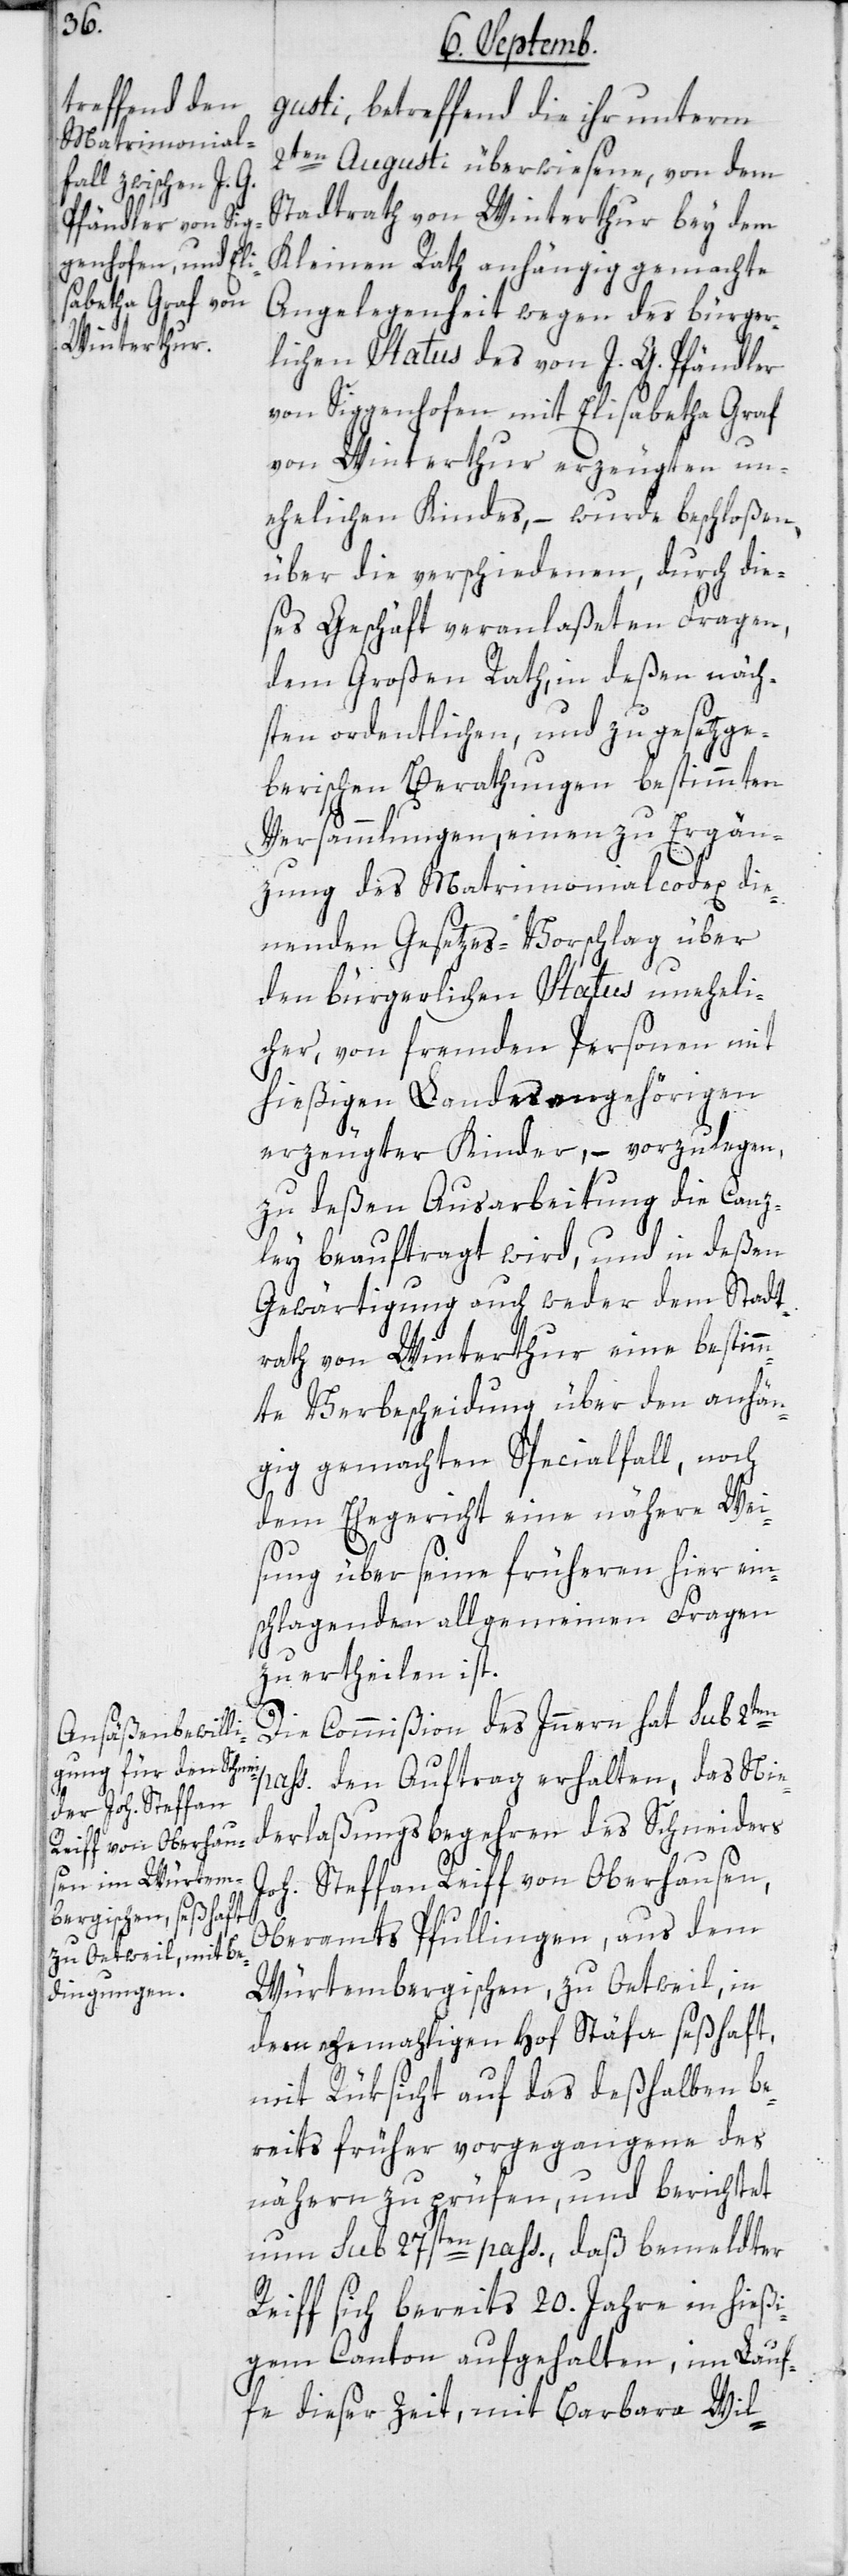
gusti, betreffend die ihr unterm
2ten Augusti überwiesene, von dem
Stadtrath von Winterthur bey dem
Kleinen Rath anhängig gemachte
Angelegenheit wegen des bürger¬
lichen Status des von J. G. Pfändler
von Siggenhofen mit Elisabetha Graf
von Winterthur erzeugten un¬
ehelichen Kindes, – wurde beschloßen,
über die verschiedenen, durch die¬
ses Geschäft veranlaßeten Fragen,
dem Großen Rath, in deßen näch¬
sten ordentlichen und zu gesetzge¬
berischen Berathungen bestimmten
Versammlungen, einen zu Ergän¬
zung des Matrimonialcodex die¬
nenden Gesetzes-Vorschlag über
den bürgerlichen Status uneheli¬
cher, von fremden Personen mit
hießigen Landesangehörigen
erzeugter Kinder, – vorzulegen,
zu deßen Ausarbeitung die Canz¬
ley beauftragt wird, und in deßen
Gewärtigung auch weder dem Stadt¬
rath von Winterthur eine bestim¬
mte Verbescheidung über den anhän¬
gig gemachten Specialfall, noch
dem Ehegericht eine nähere Wei¬
sung über seine früheren hier ein¬
schlagenden allgemeinen Fragen
zu ertheilen ist.
Die Commißion des Innern hat sub 2ten
den Auftrag erhalten, das Nie¬
derlaßungs-Begehren des Schneiders
Joh. Steffan Reiff von Oberhausen,
Oberamts Pfullingen aus dem
Würtembergischen, zu Oetweil, in
dem ehemahligen Hof Stäfa seßhaft,
mit Rüksicht auf das deshalben be¬
reits früher Vorgegangene des
nähern zu prüfen, und berichtet
nun sub 27sten pass., daß bemeldter
Reiff sich bereits 20. Jahre in hießi¬
gem Canton aufgehalten, im Lauf¬
e dieser Zeit mit Barbara Wil-